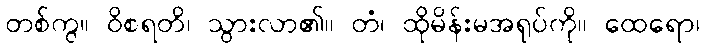
တစ်ကွ။ ဝိစရတိ၊ သွားလာ၏။ တံ၊ ထိုမိန်းမအရုပ်ကို။ ထေရော၊